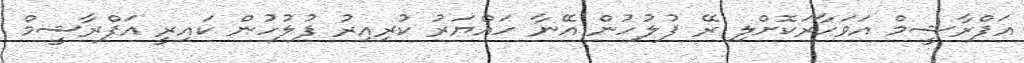
އަފްރާޝީމް އަވަހާރަކޮށްލި ރޭ ފުލުހުން އޭނާ ހައްޔަރު ކުރިއިރު ފުލުހުން ކައިރީ އަފްރާޝީމް